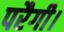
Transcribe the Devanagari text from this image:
परैगी।